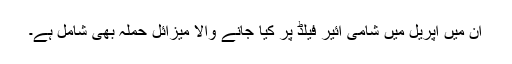
ان میں اپریل میں شامی ائیر فیلڈ پر کیا جانے والا میزائل حملہ بھی شامل ہے۔